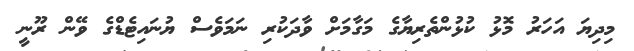
މިދިޔަ އަހަރު މޮޅު ކުޅުންތެރިޔާގެ މަގާމަށް ވާދަކުރި ނަމަވެސް ޔުނައިޓެޑްގެ ވޭން ރޫނީ